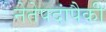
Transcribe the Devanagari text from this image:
नेतेपदांपैकी